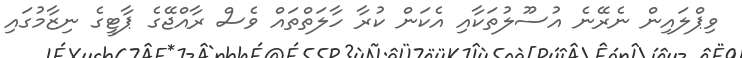
ވިޕްލައިން ނެރޭނެ އުސޫލުތަކާއި އެކަން ކުރާ ހާލަތްތައް ވެސް ރާއްޖޭގެ ޕާޓީގެ ނިޒާމުގައި